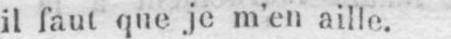
il faut que je m’en aille.